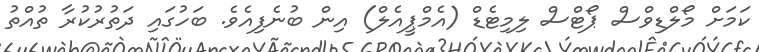
ކަމަށް މޯލްޑިވްސް ޕޯޓްސް ލިމިޓެޑް (އެމްޕީއެލް) އިން ބުނެފިއެވެ. ބަހުގައި ދަތުރުކުރާ ތުއްތު